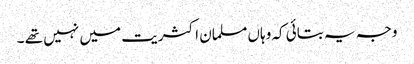
وجہ یہ بتائی کہ وہاں مسلمان اکثریت میں نہیں تھے ۔